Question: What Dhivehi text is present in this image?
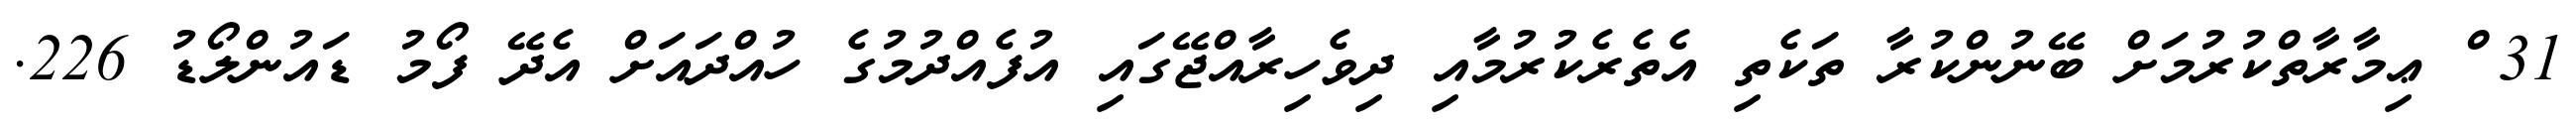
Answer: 31 ް ޢިމާރާތްކުރުމަށް ބޭނުންކުރާ ތަކެތި އެތެރެކުރުމާއި ދިވެހިރާއްޖޭގައި އުފެއްދުމުގެ ހުއްދައަށް އެދޭ ފޯމު ޑައުންލޯޑު 226.